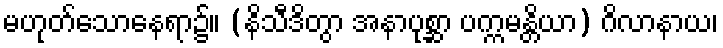
မဟုတ်သောနေရာ၌။ (နိသီဒိတွာ အနာပုစ္ဆာ ပက္ကမန္တိယာ) ဂိလာနာယ၊